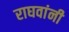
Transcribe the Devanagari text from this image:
राघवांनी